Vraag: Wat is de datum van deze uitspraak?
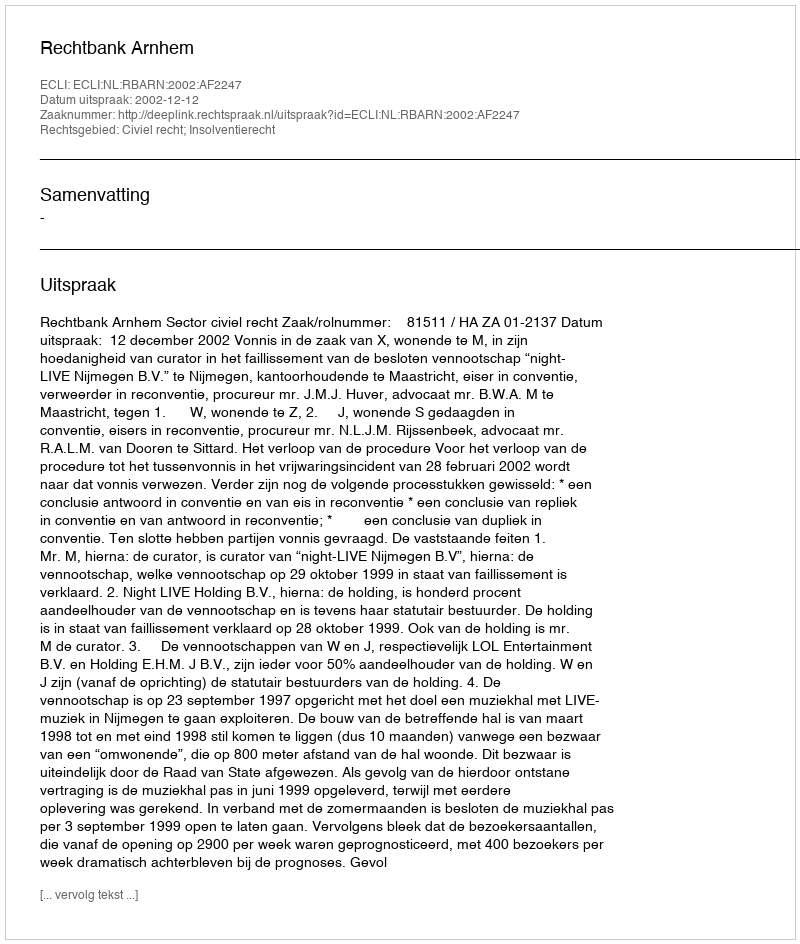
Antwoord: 2002-12-12